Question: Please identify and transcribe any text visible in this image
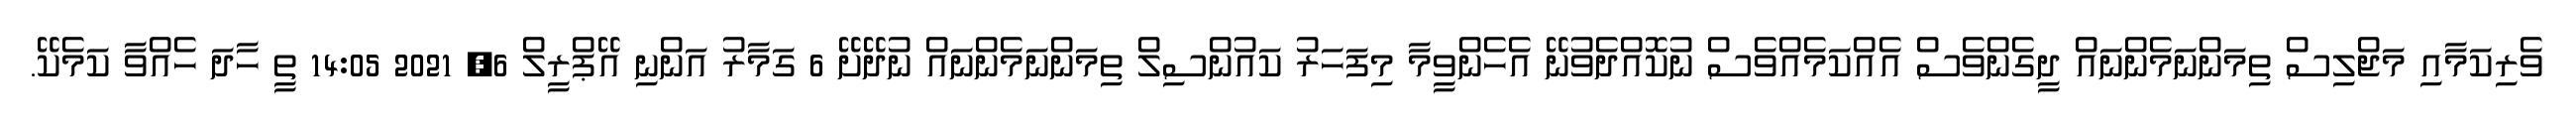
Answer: ވެރިކަމާއި މަޖްލިސް ތިމަންނަމެންނައް ދީގެންވެސް އެއްކަމެއްވެސް ނުކޮއްދެވުނޭ އެހެންވީމާ މިފަހަރު ކައުންސިލް ތިމަންނަމެންނައް ނުދޭށޭ 6 ގަމާރު އަންނި އޭޕްރީލް 6, 2021 14:05 ތީ ހާދަ ހެއްވާ ކަމެކޭ.